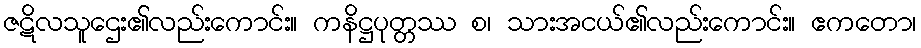
ဇဋိလသူဌေး၏လည်းကောင်း။ ကနိဋ္ဌပုတ္တဿ စ၊ သားအငယ်၏လည်းကောင်း။ ဧကတော၊